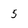
Character: 5